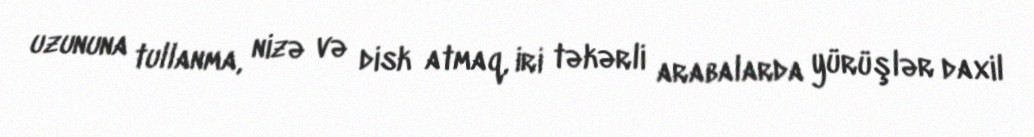
uzununa tullanma, nizə və disk atmaq, iri təkərli arabalarda yürüşlər daxil